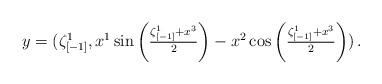
LaTeX: \begin{align*}y=(\zeta_{[-1]}^{1},x^{1}\sin\left(\tfrac{\zeta_{[-1]}^{1}+x^{3}}{2}\right)-x^{2}\cos\left(\tfrac{\zeta_{[-1]}^{1}+x^{3}}{2}\right))\,.\end{align*}